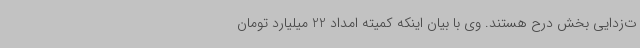
ت‌زدایی بخش درح هستند. وی با بیان اینکه کمیته امداد 22 میلیارد تومان